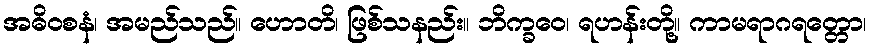
အဓိဝစနံ၊ အမည်သည်။ ဟောတိ၊ ဖြစ်သနည်း။ ဘိက္ခဝေ၊ ရဟန်းတို့။ ကာမရာဂရတ္တော၊